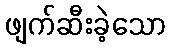
ဖျက်ဆီးခဲ့သော